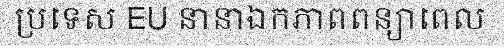
ប្រទេស EU នានាឯកភាពពន្យាពេល